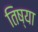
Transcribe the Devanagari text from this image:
तिष्या